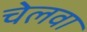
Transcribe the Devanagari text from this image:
चेलवा